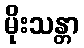
မိုးသန္တာ